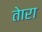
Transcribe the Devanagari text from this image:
तेारा